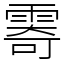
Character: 𩃤